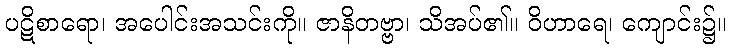
ပဋိစာရော၊ အပေါင်းအသင်းကို။ ဇာနိတဗ္ဗာ၊ သိအပ်၏။ ဝိဟာရေ၊ ကျောင်း၌။